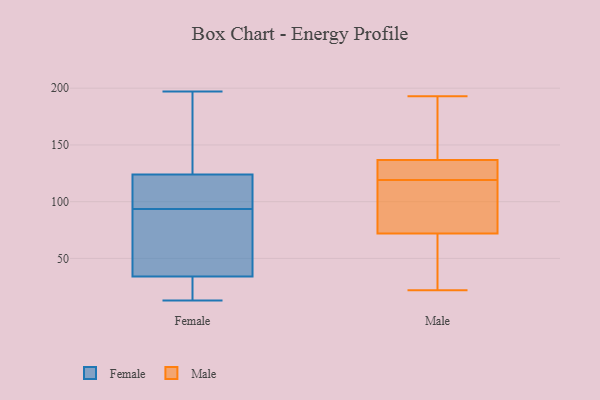
{"axis": {"x": "Production Output", "y": "Value"}, "legend": ["Female", "Male"], "data": [{"x": "", "y": 28, "type": "Female"}, {"x": "", "y": 115, "type": "Female"}, {"x": "", "y": 40, "type": "Female"}, {"x": "", "y": 121, "type": "Female"}, {"x": "", "y": 90, "type": "Female"}, {"x": "", "y": 62, "type": "Female"}, {"x": "", "y": 51, "type": "Female"}, {"x": "", "y": 141, "type": "Female"}, {"x": "", "y": 197, "type": "Female"}, {"x": "", "y": 15, "type": "Female"}, {"x": "", "y": 97, "type": "Female"}, {"x": "", "y": 13, "type": "Female"}, {"x": "", "y": 127, "type": "Female"}, {"x": "", "y": 166, "type": "Female"}, {"x": "", "y": 13, "type": "Female"}, {"x": "", "y": 116, "type": "Female"}, {"x": "", "y": 119, "type": "Male"}, {"x": "", "y": 65, "type": "Male"}, {"x": "", "y": 120, "type": "Male"}, {"x": "", "y": 22, "type": "Male"}, {"x": "", "y": 137, "type": "Male"}, {"x": "", "y": 110, "type": "Male"}, {"x": "", "y": 172, "type": "Male"}, {"x": "", "y": 37, "type": "Male"}, {"x": "", "y": 136, "type": "Male"}, {"x": "", "y": 193, "type": "Male"}, {"x": "", "y": 93, "type": "Male"}]}